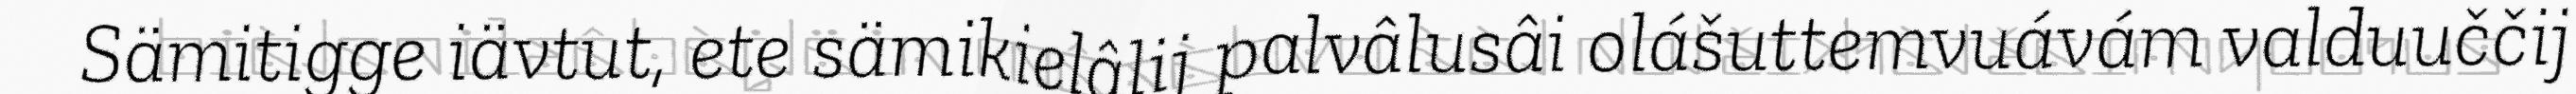
Sämitigge iävtut, ete sämikielâlij palvâlusâi olášuttemvuávám valduuččij